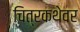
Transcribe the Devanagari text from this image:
चित्रकथेवर